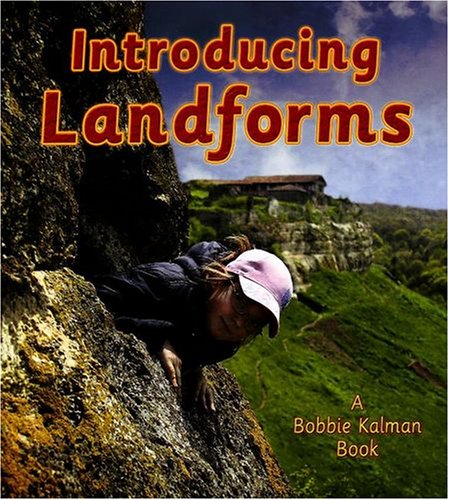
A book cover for Introducing Landforms (Looking at Earth); Bobbie Kalman; Children's Books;